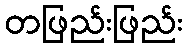
တဖြည်းဖြည်း